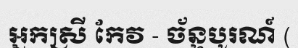
អ្នកស្រី កែវ - ច័ន្ទបូរណ៍ (